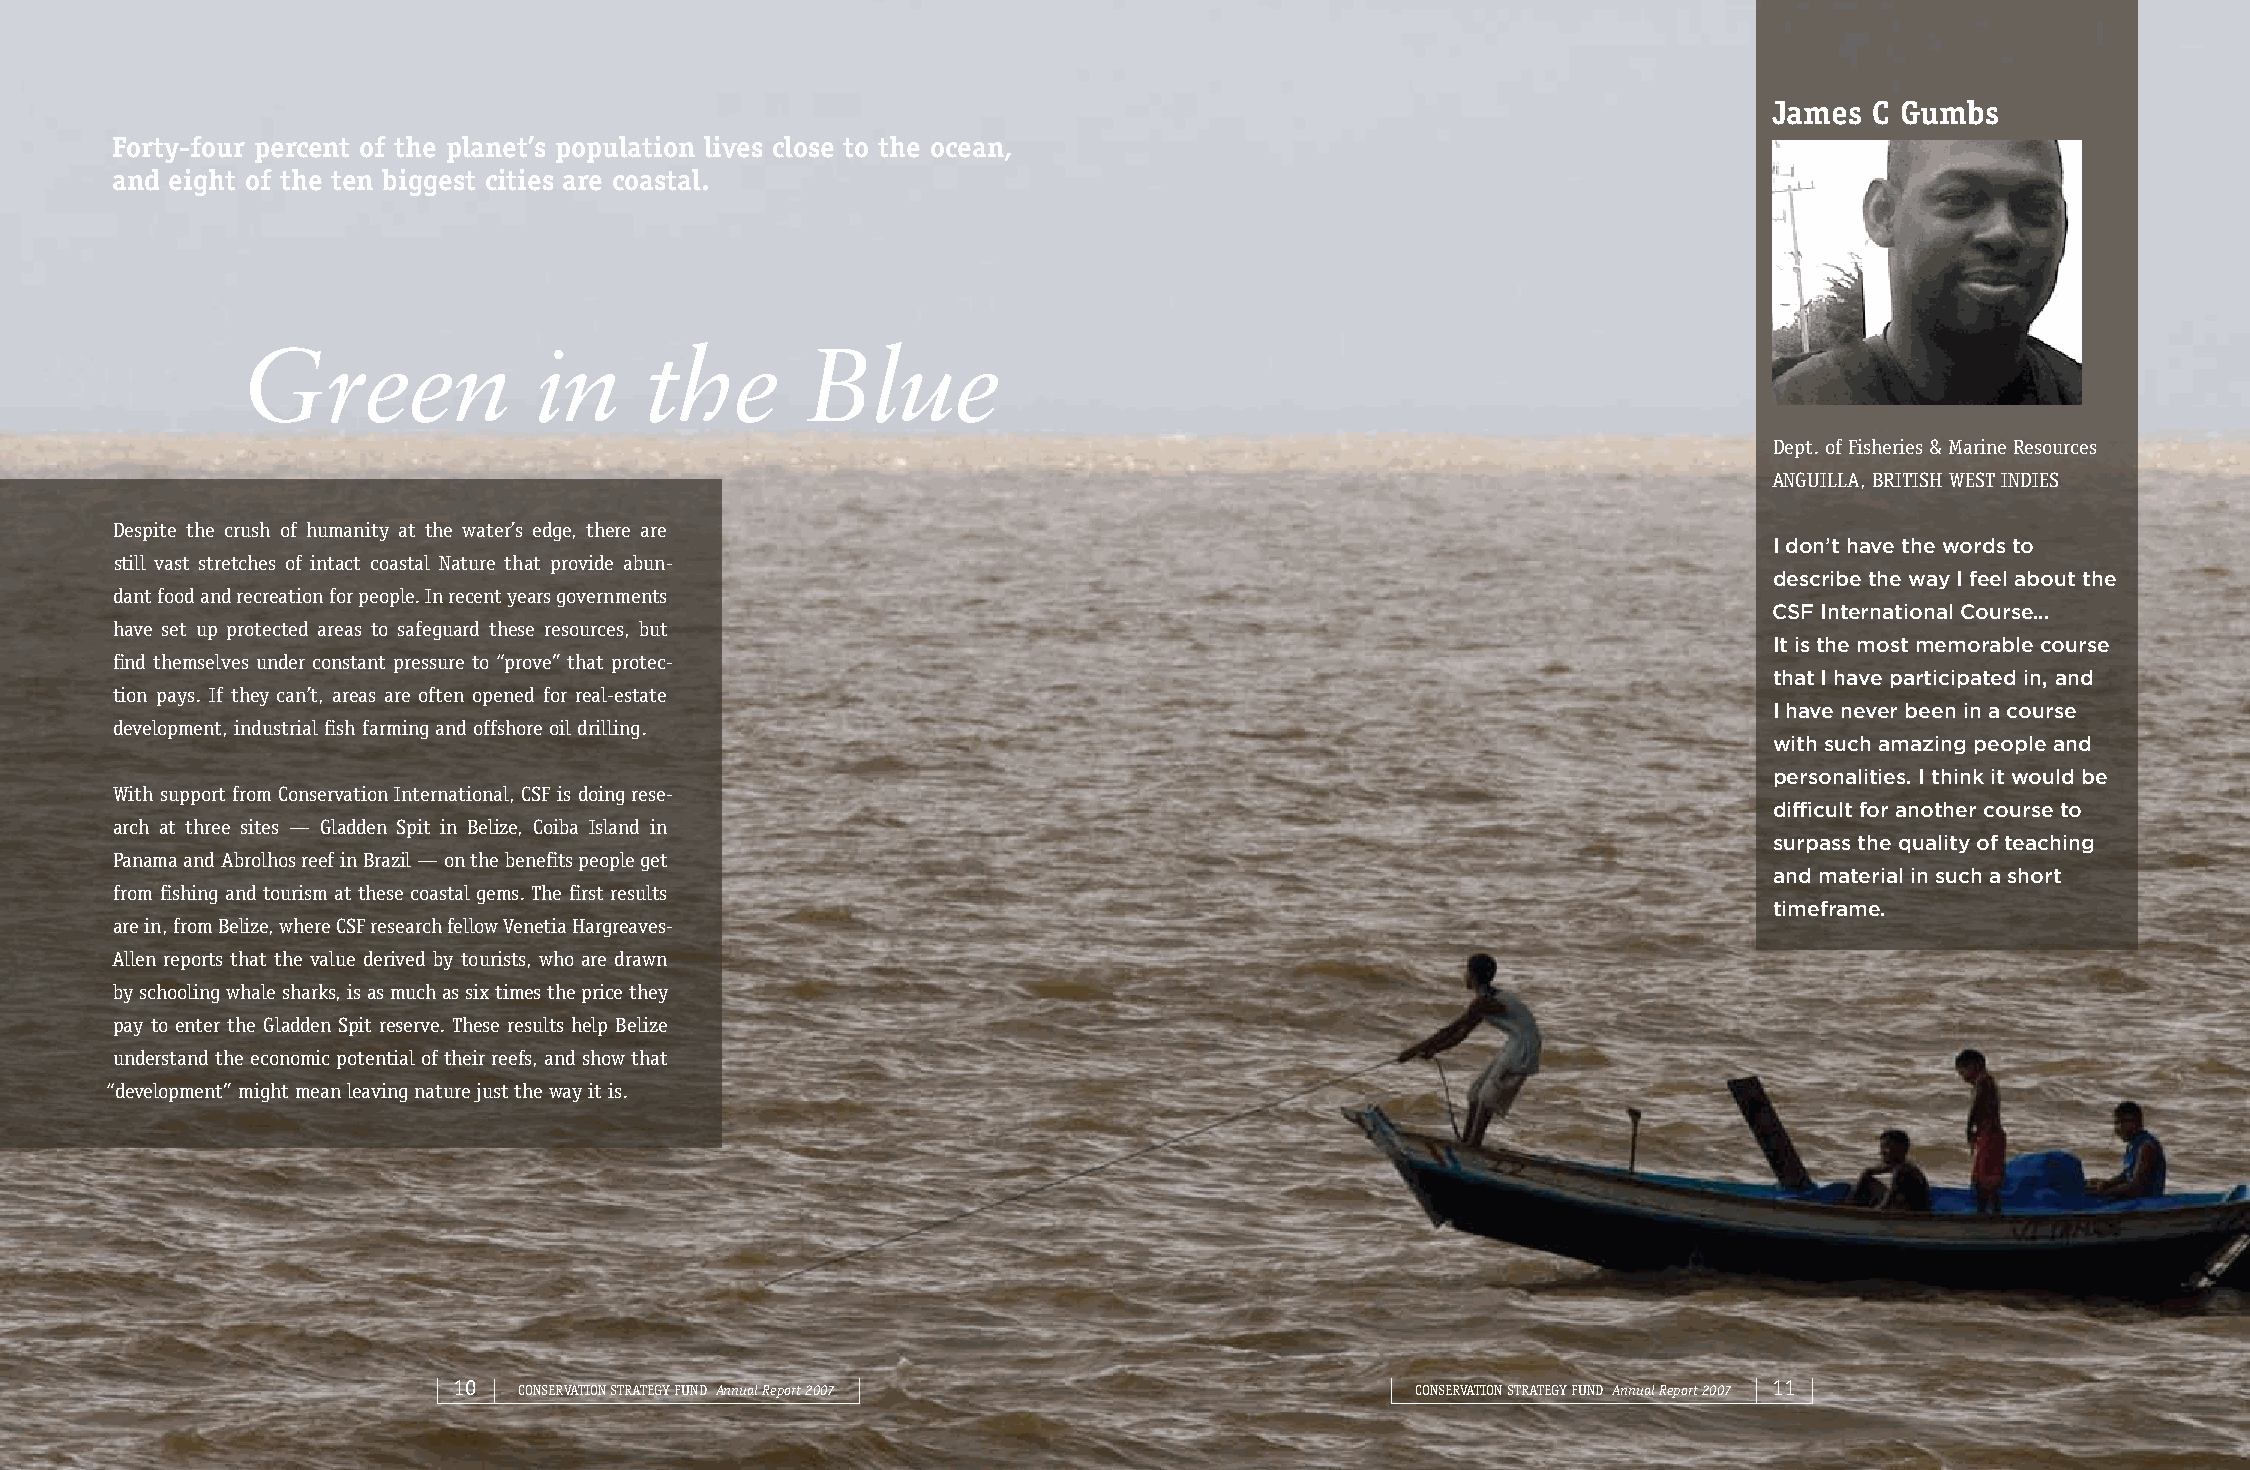
James  C Gumbs
 Forty-four percent of the planet’s population lives close to the ocean,
 and eight of the ten biggest cities are coastal.
 Green              in      the       Blue
 Dept. of Fisheries & Marine Resources
 ANGUILLA, BRITISH WEST INDIES
 Despite the crush of humanity at the water’s edge, there are
 I don’t have the words to
 still vast stretches of intact coastal Nature that provide abun-
 describe the way I feel about the
 dant food and recreation for people. In recent years governments
 CSF International Course...
 have set up protected areas to safeguard these resources, but
 It is the most memorable course
 find themselves under constant pressure to “prove” that protec-
 that I have participated in, and
 tion pays. If they can’t, areas are often opened for real-estate
 I have never been in a course
 development, industrial fish farming and offshore oil drilling.
 with such amazing people and
 personalities. I think it would be
 With support from Conservation International, CSF is doing rese-
 difficult for another course to
 arch at three sites — Gladden Spit in Belize, Coiba Island in
 surpass the quality of teaching
 Panama and Abrolhos reef in Brazil — on the benefits people get
 and material in such a short
 from fishing and tourism at these coastal gems. The first results
 timeframe.
 are in, from Belize, where CSF research fellow Venetia Hargreaves-
 Allen reports that the value derived by tourists, who are drawn
 by schooling whale sharks, is as much as six times the price they
 pay to enter the Gladden Spit reserve. These results help Belize
 understand the economic potential of their reefs, and show that
 “development” might mean leaving nature just the way it is.
 10  CONSERVATION STRATEGY FUND Annual Report 2007               CONSERVATION STRATEGY FUND Annual Report 2007 11